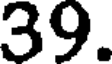
39.